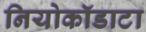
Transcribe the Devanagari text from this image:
नियोकॉडाटा